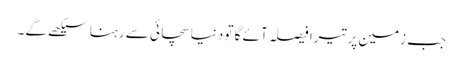
جب زمین پر تیرا فیصلہ آئے گا تو دنیا سچائی سے رہنا سیکھے گے۔